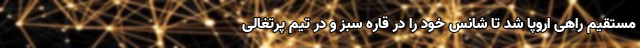
مستقیم راهی اروپا شد تا شانس خود را در قاره سبز و در تیم پرتغالی